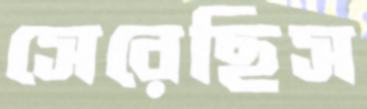
সেরেছিস